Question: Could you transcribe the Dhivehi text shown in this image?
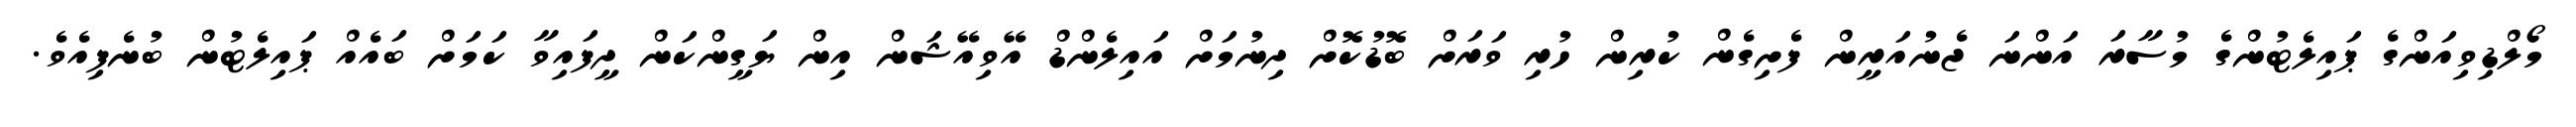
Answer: މޯލްޑިވިއަންގެ ޕައިލެޓުންގެ މުސާރަ އަންނަ ޖެނުއަރީން ފެށިގެން ކުރިން ހުރި ވަރަށް ބޮޑުކޮށް ދިނުމަށް އައިލެންޑް އޭވިއޭޝަން އިން ޔަގީންކަން ދީފައިވާ ކަމަށް ބައެއް ޕައިލެޓުން ބުނެފިއެވެ.